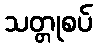
သတ္တုစပ်